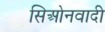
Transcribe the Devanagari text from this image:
सिओनवादी